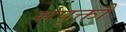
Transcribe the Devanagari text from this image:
संपृक्तौ